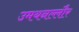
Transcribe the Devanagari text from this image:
उमयनल्लौर